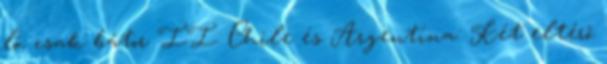
ló, csak bátor II. Chile és Argentína: Két eltérő